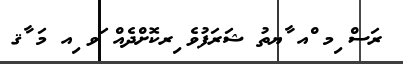
ރަސް ިމ ްއ ާޔތު ޝަރަފުވެ ިރކޮށްދެއް ަވ ިއ މަ ާޤ